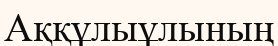
Аққұлыұлының